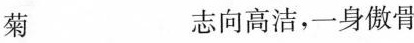
菊 志向高洁，一身傲骨